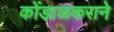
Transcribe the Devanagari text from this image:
कोंडाळकराने